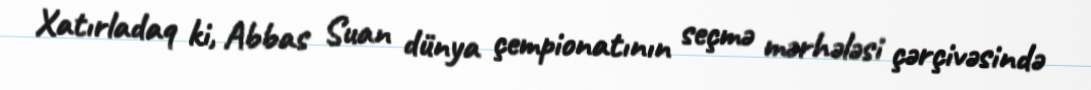
Xatırladaq ki, Abbas Suan dünya çempionatının seçmə mərhələsi çərçivəsində